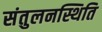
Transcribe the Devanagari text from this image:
संतुलनस्थिति